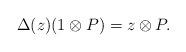
LaTeX: \begin{align*}\Delta(z)(1\otimes P) = z\otimes P.\end{align*}